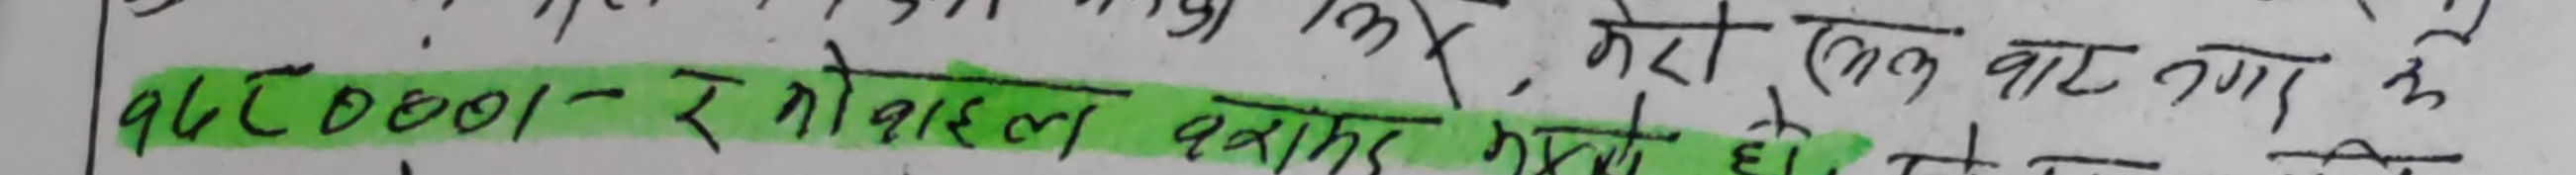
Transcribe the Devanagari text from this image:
948001 - रे मोवाइल बाहिर गयो।